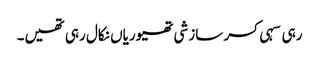
رہی سہی کسر سازشی تھیوریاں نکال رہی تھیں۔